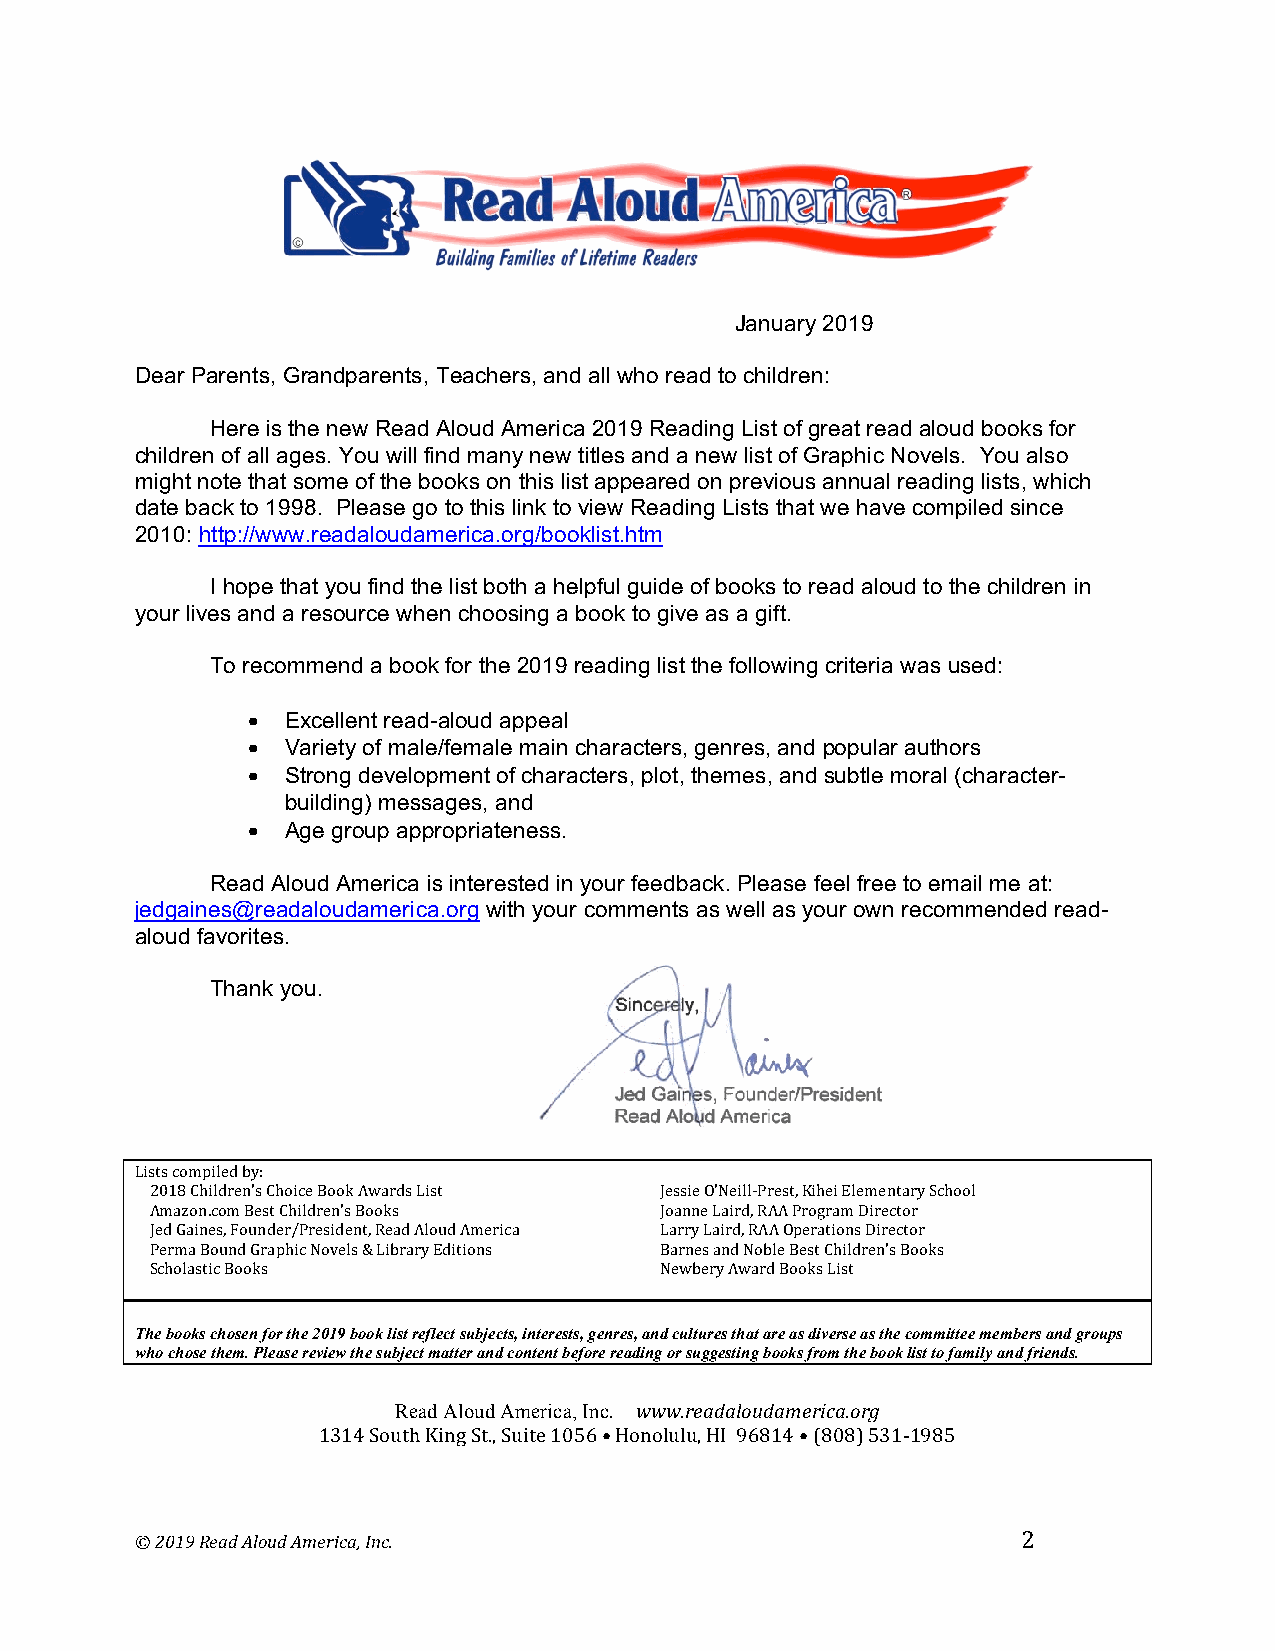
January 2019
 Dear Parents, Grandparents, Teachers, and all who read to children:
 Here is the new Read Aloud America 2019 Reading List of great read aloud books for
 children of all ages. You will find many new titles and a new list of Graphic Novels. You also
 might note that some of the books on this list appeared on previous annual reading lists, which
 date back to 1998. Please go to this link to view Reading Lists that we have compiled since
 2010: http://www.readaloudamerica.org/booklist.htm
 I hope that you find the list both a helpful guide of books to read aloud to the children in
 your lives and a resource when choosing a book to give as a gift.
 To recommend a book for the 2019 reading list the following criteria was used:
 •  Excellent read-aloud appeal
 •  Variety of male/female main characters, genres, and popular authors
 •  Strong development of characters, plot, themes, and subtle moral (character-
 building) messages, and
 •  Age group appropriateness.
 Read Aloud America is interested in your feedback. Please feel free to email me at:
 jedgaines@readaloudamerica.org with your comments as well as your own recommended read-
 aloud favorites.
 Thank you.
 Lists compiled by:
 2018 Children’s Choice Book Awards List Jessie O’Neill-Prest, Kihei Elementary School
 Amazon.com Best Children’s Books  Joanne Laird, RAA Program Director
 Jed Gaines, Founder/President, Read Aloud America Larry Laird, RAA Operations Director
 Perma Bound Graphic Novels & Library Editions Barnes and Noble Best Children’s Books
 Scholastic Books                  Newbery Award Books List
 The books chosen for the 2019 book list reflect subjects, interests, genres, and cultures that are as diverse as the committee members and groups
 who chose them. Please review the subject matter and content before reading or suggesting books from the book list to family and friends.
 Read Aloud America, Inc. www.readaloudamerica.org
 1314 South King St., Suite 1056 • Honolulu, HI 96814 • (808) 531-1985
 © 2019 Read Aloud America, Inc.                            2